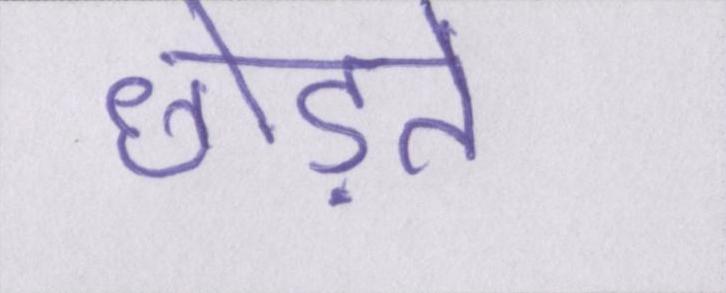
छोड़ते